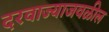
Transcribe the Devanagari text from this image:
दरवाज्याजवळील